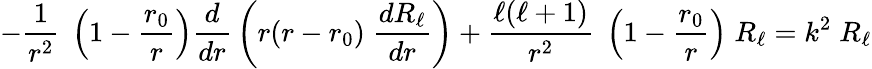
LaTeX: -{\frac{1}{r^{2}}}\; \left(1-{\frac{r_{0}}{r}}\right){\frac{d}{dr}}\left(r(r-r_{0})\; {\frac{dR_{\ell}}{dr}}\right)+{\frac{\ell(\ell+1)}{r^{2}}}\; \left(1-{\frac{r_{0}}{r}}\right)\; R_{\ell}=k^{2}\; R_{\ell}